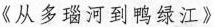
《从多瑙河到鸭绿江》